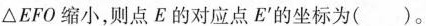
△EFO缩小，则点E的对应点E的坐标为()。